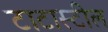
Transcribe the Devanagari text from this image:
टाटास्‍टील